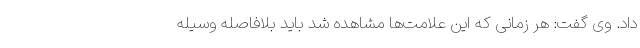
داد. وی گفت: هر زمانی که این علامت‌ها مشاهده شد باید بلافاصله وسیله